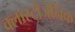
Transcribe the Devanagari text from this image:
क्लास्टोजेनिक